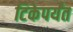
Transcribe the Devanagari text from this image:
टिकेपर्यंत